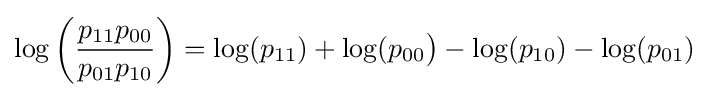
{\log \left({\frac {p_{11}p_{00}}{p_{01}p_{10}}}\right)=\log(p_{11})+\log(p_{00}{\big )}-\log(p_{10})-\log(p_{01})}